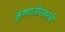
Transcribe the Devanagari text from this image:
कृष्णातीरावरची